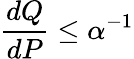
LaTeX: {\frac{dQ}{dP}}\leq\alpha^{-1}